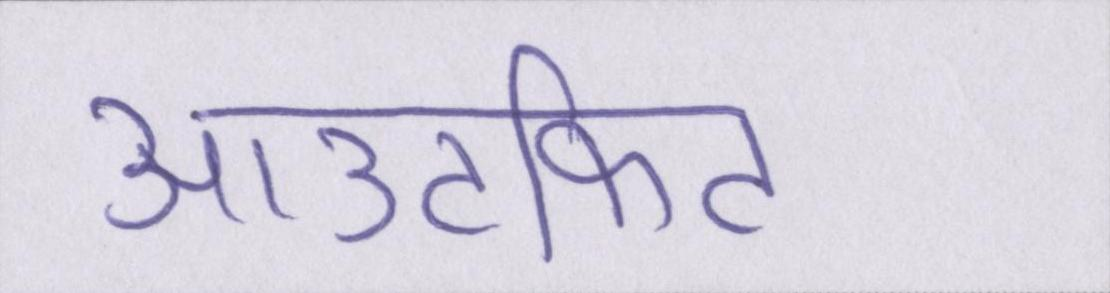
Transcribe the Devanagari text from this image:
आउटफिट